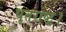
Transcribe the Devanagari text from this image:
धृतराष्ट्र।